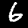
Label: 6